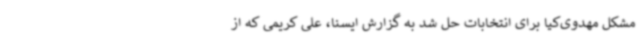
مشکل مهدوی‌کیا برای انتخابات حل شد به گزارش ایسنا، علی کریمی که از